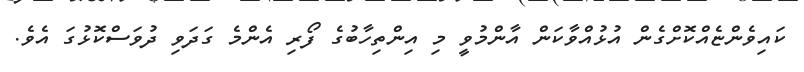
ކައިވެންޏެއްކޮށްގެން އުޅުއްވާކަން އާންމުވީ މި އިންތިހާބުގެ ފޯރި އެންމެ ގަދަވި ދުވަސްކޮޅުގަ އެވެ.